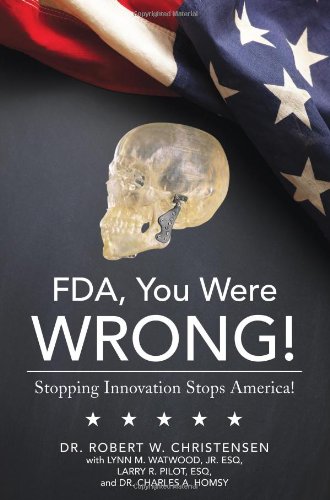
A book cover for FDA, You Were Wrong!: Stopping Innovation, Stops America!; Robert W. Christensen; Health, Fitness & Dieting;